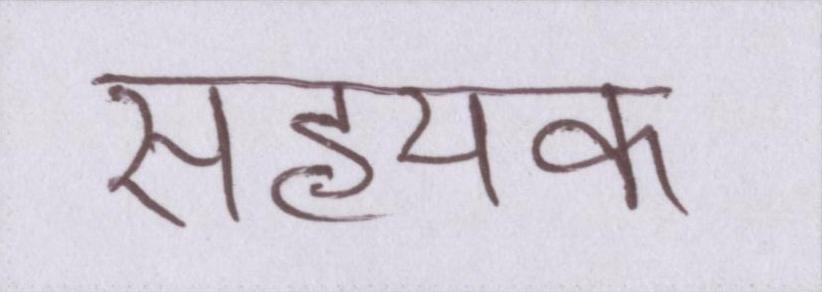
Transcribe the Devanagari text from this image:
सहयक